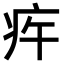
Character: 𤵍